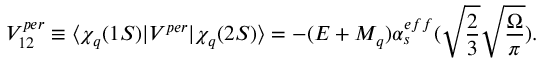
V _ { 1 2 } ^ { p e r } \equiv \langle \chi _ { q } ( 1 S ) | V ^ { p e r } | \chi _ { q } ( 2 S ) \rangle = - ( E + M _ { q } ) \alpha _ { s } ^ { e f f } ( \sqrt { { \frac { 2 } { 3 } } } \sqrt { \frac { \Omega } { \pi } } ) .